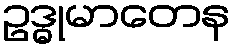
ဥဒ္ဓုမာတေန